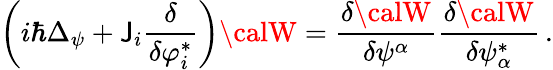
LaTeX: \left(i\hbar\Delta_{\psi}+{\cal\mathsf{J}}_{i}\frac{{\delta}}{{\delta\varphi_{i}^{*}}}\right){\calW}=\frac{{\delta{\calW}}}{{\delta\psi^{\alpha}}}\frac{{\delta{\calW}}}{{\delta\psi_{\alpha}^{*}}}\, .